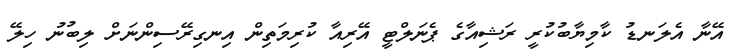
އޭނާ އެލަނޑު ކާމިޔާބުކުރީ ރަޝިއާގެ ޕެނަލްޓީ އޭރިއާ ކުރިމަތިން އިނގިރޭސިންނަށް ލިބުނު ހިލޭ